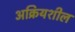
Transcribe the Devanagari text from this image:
अक्रियशील